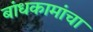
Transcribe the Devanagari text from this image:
बांधकामांचा